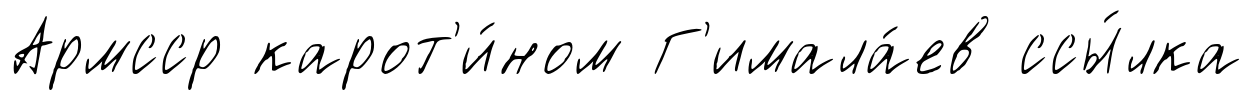
Армсср карот'и́ном Г'имала́ев ссы́лка